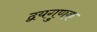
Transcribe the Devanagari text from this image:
द्वयगुणक